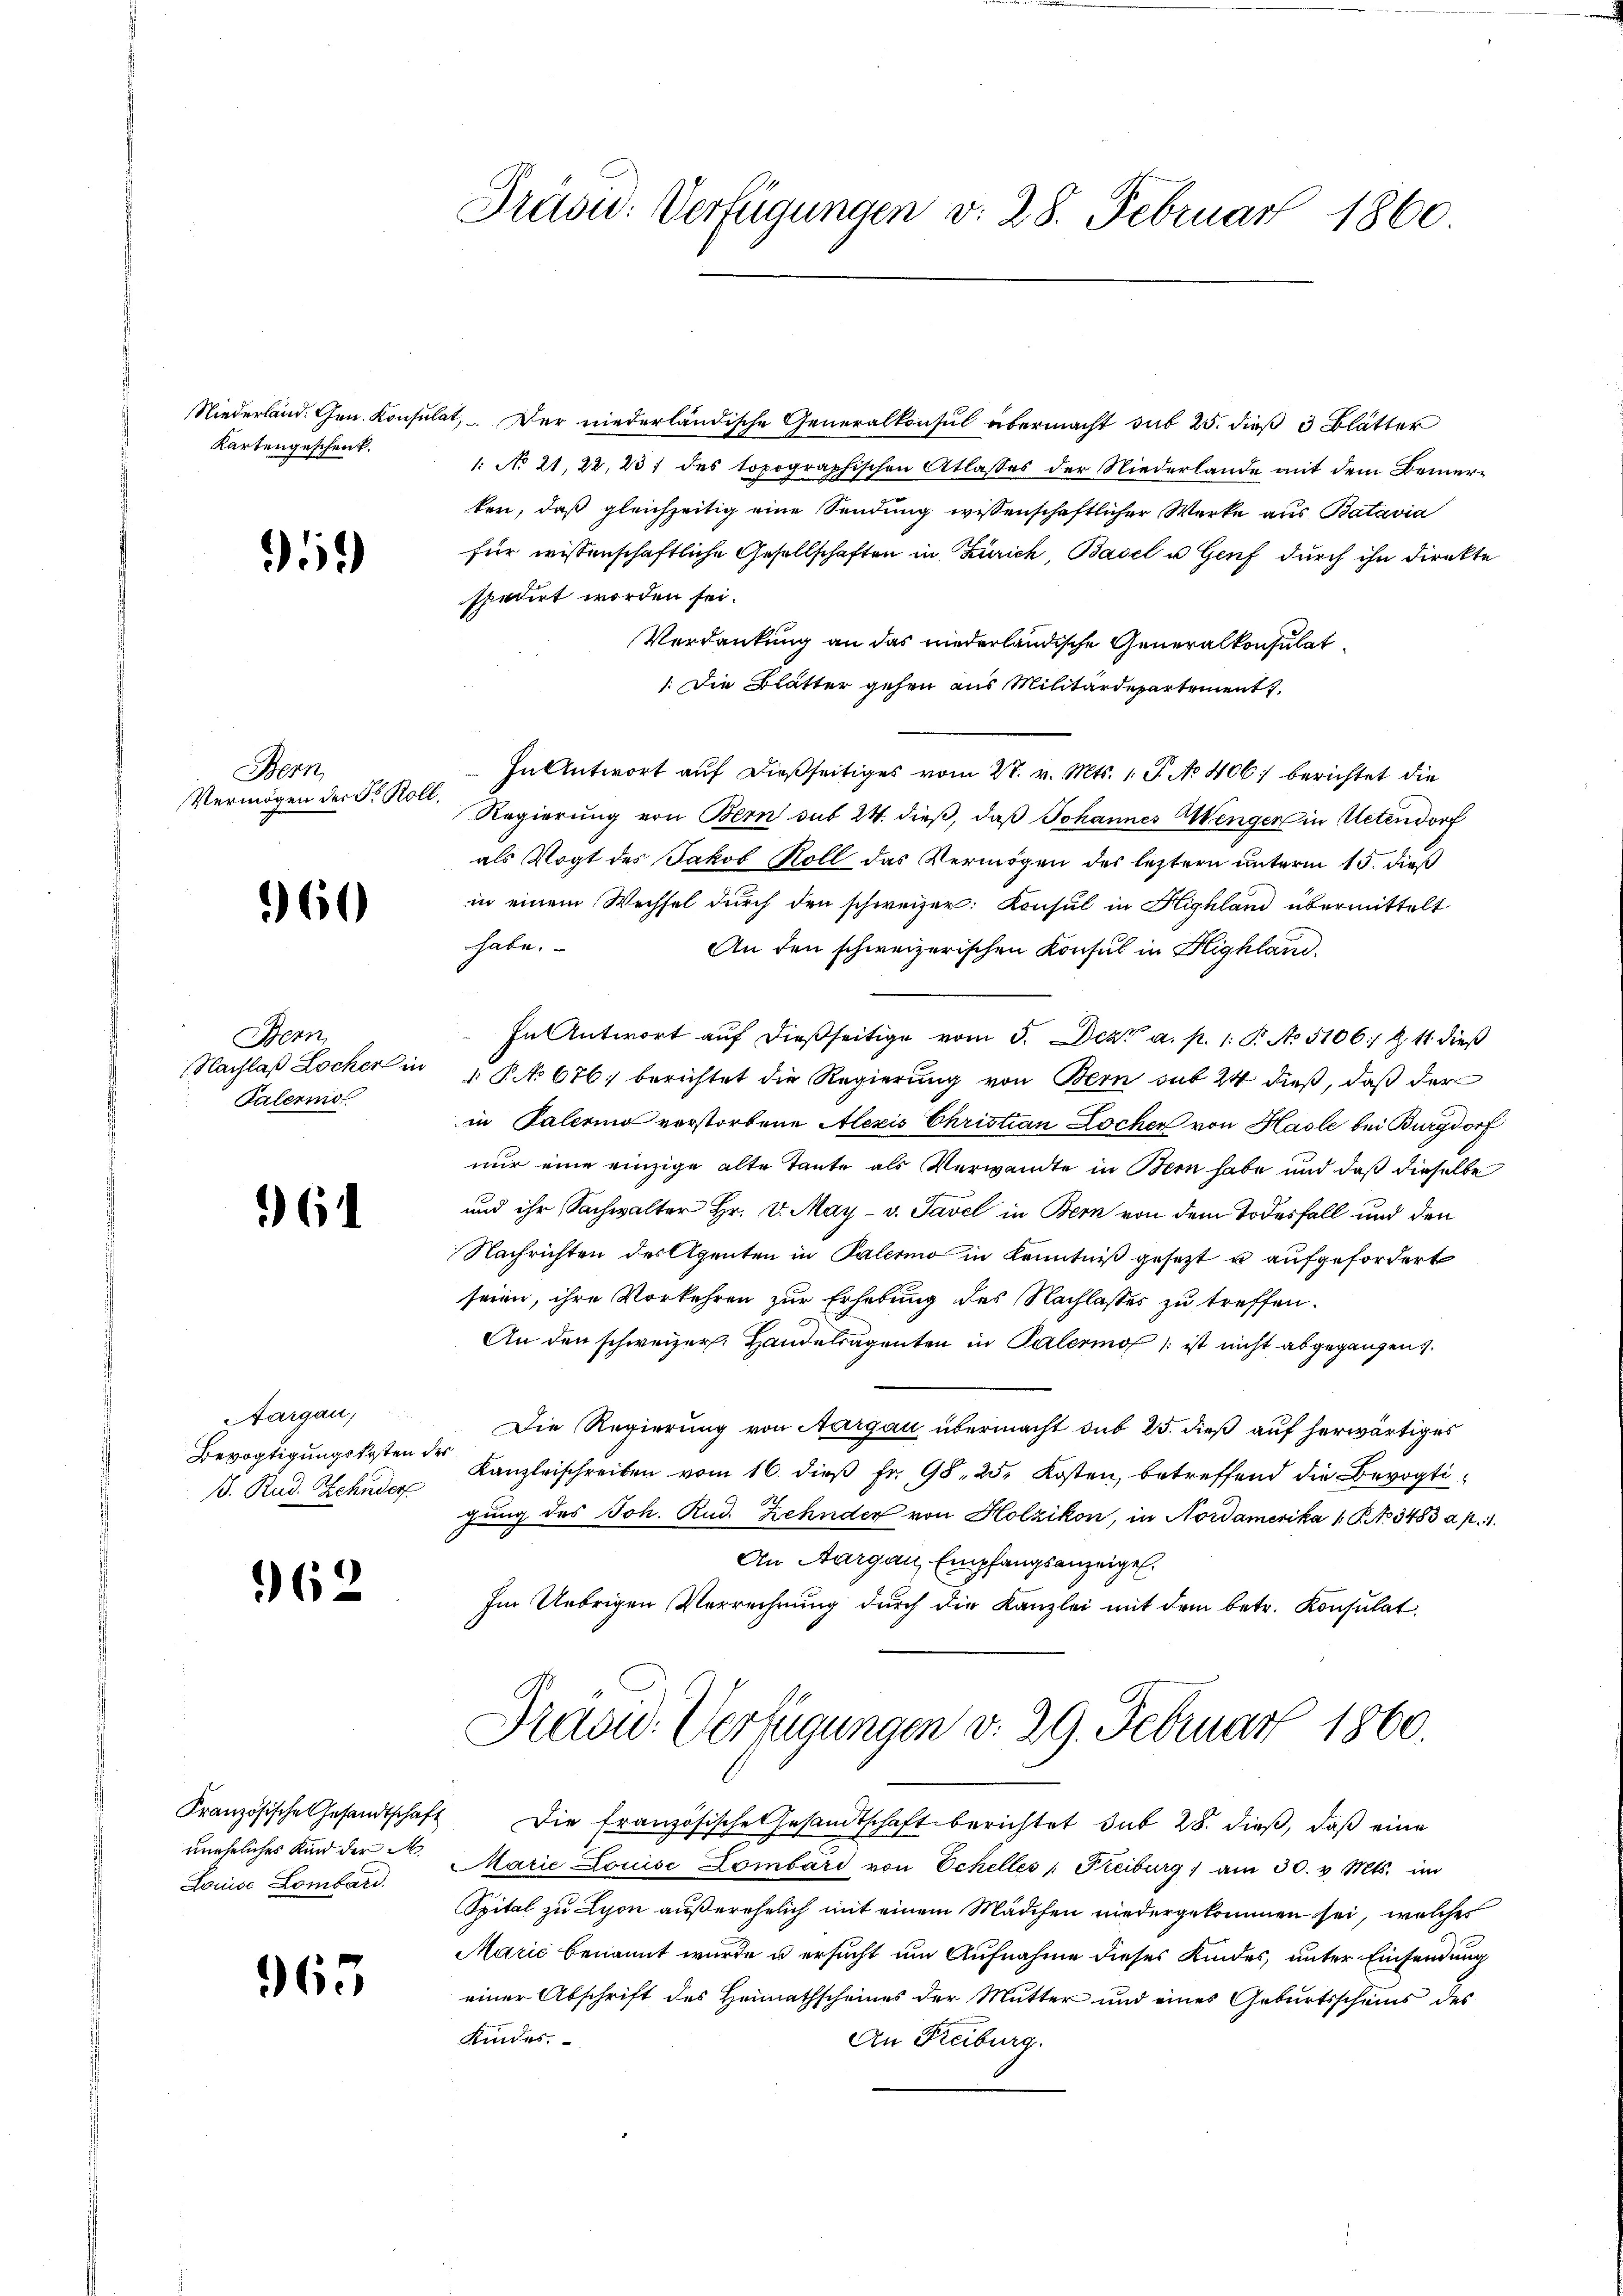
Niederland. Gen. Konsuli
Kartengeschenk.

59)

Bern,
Vermögen der Fr. Rol

60

Bern
Nachlaß Locker in
Palerno

61

Aargau,
Bevogtigungskosten
ß. Rud. Zehnder

962

uneheliches Kind der M
Louise Lombard

965

Präsid: Verfügungen v. 28. Februar 1860.

it. Der niederländische Generalkonsul übermacht sub 25. dieß 3 Blätter
1: No 21, 22, 237 des topographischen Atlasses der Niederlande mit dem Bemerken, daß gleichzeitig eine Sendung wissenschaftlicher Werke aus Batavia
für wissenschaftliche Gesellschaften in Zürich, Basel u Genf durch ihn direkte
spedirt worden sei.
Verdankung an das niederländische Generalkonsulat
1. Die Blätter gehen aus Militärdepartement.
In Antwort auf dießseitiges vom 27. v. Mts. 1. J. No 406) berichtet die
Regierung von Bern sub 24. dieß, daß Johannes Menger in Uetendorf
als Vogt des Jakob Koll das Vermögen des leztern unterm 15. dieß
in einem Wechsel durch den schweizer. Konsul in Highland übermittelt
habe.
An den schweizerischen Konsul in Highland.
In Antwort auf dießseitige vom 5. Dezt a. p. 1. B No. 5106) § 11 dieß
. P. No 676. berichtet die Regierung von Bern sub 24 dieß, daß der
in Palerina verstorbene Alexis Christian Lochen von Hasle bei Burgdorf
nur eine einzige alte Tante als Verwandte in Bern habe und daß dieselbe
und ihr Sachwalter Hr. v. May v. Savel in Bern von dem Todesfall und den
Nachrichten des Agenten in Palermo in Kenntniß gesetzt u aufgefordert
seien, ihre Vorkehren zur Erhebung des Nachlasses zu treffen.
An den schweizer. Handelsagenten in Palermo ist nicht abgegangen
Die Regierung von Aargau übermacht sub 25. dieß auf herwärtiges
" Kanzleischreiben vom 16. dieß Fr. 98. 25. Kosten, betreffend die Bevogtigung des Joh. Rud. Zehnder von Holzikon, in Nordamerika 1 S. No 3483 a p. 1.
An Aargau, Empfangsanzeigel.
Im Uebrigen Verrechnung durch die Kanzlei mit dem betr. Konsulat

Präsid. Verfügungen v. 29. Februar 1860.

Französische Gesandtschaft die französische Gesandtschaft berichtet sub 28. dieβ, daß eine
Marie Louise Lombard von Schelles " Freiburg am 30. v. Mts. im
Spital zu Lyon außerehelich mit einem Mädchen niedergekommen sei, welches
Marić benannt wurde u ersucht um Aufnahme dieses Kindes, unter Einsendung
einer Abschrift des Heimathscheines der Mutter und eines Geburtsschus des
Kindes.
An Freiburg.